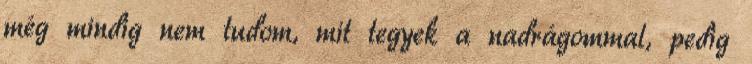
még mindig nem tudom, mit tegyek a nadrágommal, pedig